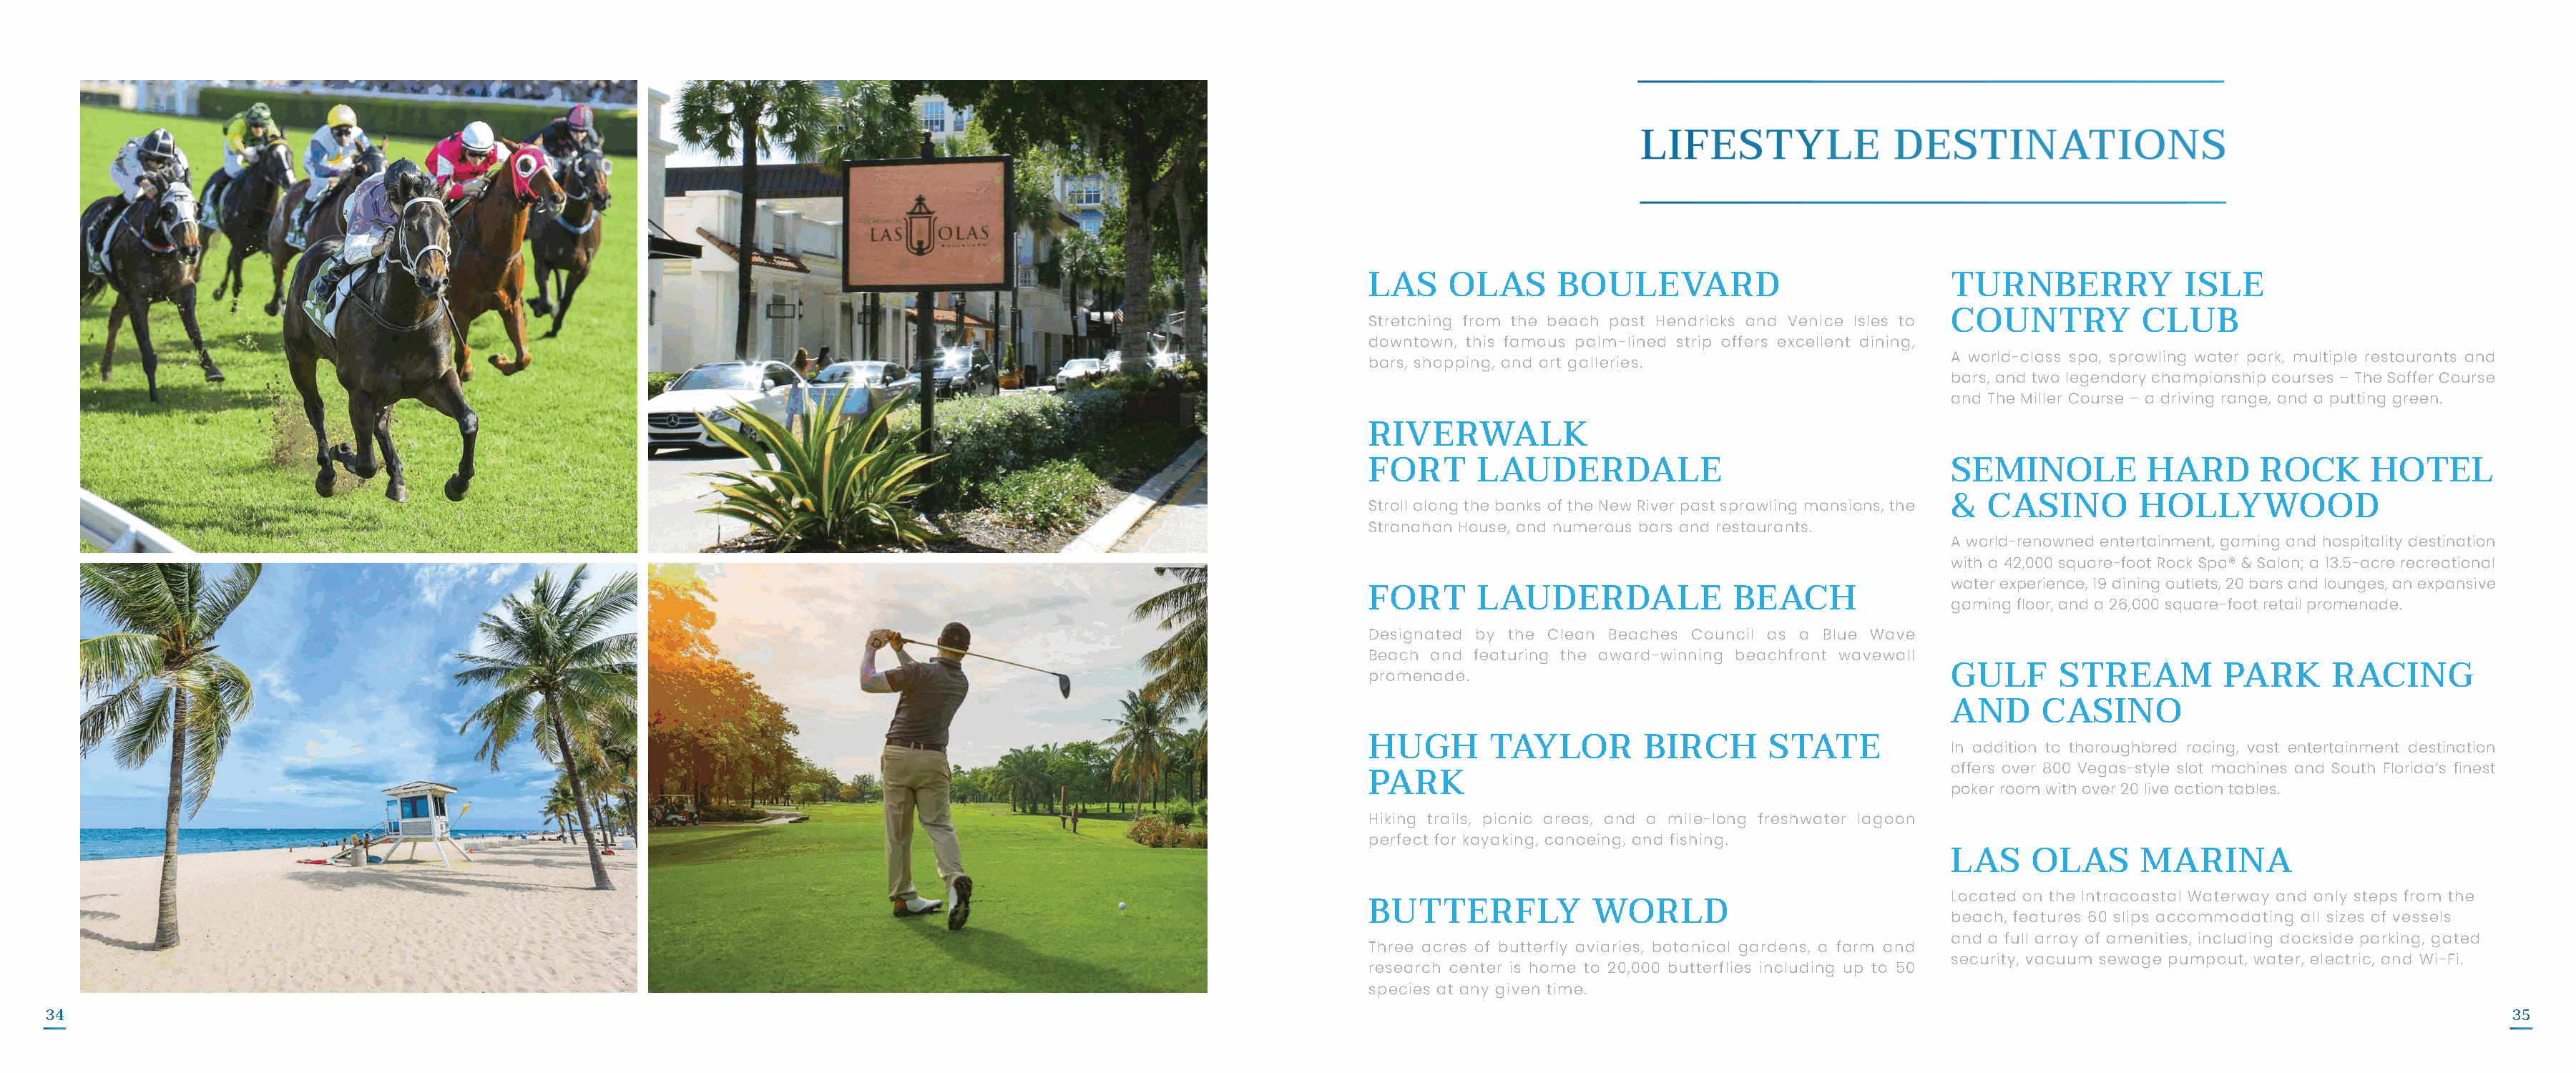
LAS    OLAS      BOULEVARD                            TURNBERRY            ISLE
 Stretching from the beach past Hendricks and Venice Isles to COUNTRY   CLUB
 downtown, this famous palm-lined strip offers excellent dining,
 A world-class spa, sprawling water park, multiple restaurants and
 bars, shopping, and art galleries.
 bars, and two legendary championship courses – The Soffer Course
 and The Miller Course – a driving range, and a putting green.
 RIVERWALK
 FORT      LAUDERDALE                                  SEMINOLE          HARD      ROCK      HOTEL
 Stroll along the banks of the New River past sprawling mansions, the & CASINO HOLLYWOOD
 Stranahan House, and numerous bars and restaurants.
 A world-renowned entertainment, gaming and hospitality destination
 with a 42,000 square-foot Rock Spa® & Salon; a 13.5-acre recreational
 water experience, 19 dining outlets, 20 bars and lounges, an expansive
 FORT      LAUDERDALE             BEACH
 gaming floor, and a 26,000 square-foot retail promenade.
 Designated by the Clean Beaches Council as a Blue Wave
 Beach and featuring the award-winning beachfront wavewall
 promenade.                                            GULF      STREAM         PARK      RACING
 AND     CASINO
 HUGH       TAYLOR        BIRCH       STATE            In addition to thoroughbred racing, vast entertainment destination
 offers over 800 Vegas-style slot machines and South Florida’s finest
 PARK
 poker room with over 20 live action tables.
 Hiking trails, picnic areas, and a mile-long freshwater lagoon
 perfect for kayaking, canoeing, and fishing.
 LAS    OLAS      MARINA
 Located on the Intracoastal Waterway and only steps from the
 BUTTERFLY           WORLD
 beach, features 60 slips accommodating all sizes of vessels
 and a full array of amenities, including dockside parking, gated
 Three acres of butterfly aviaries, botanical gardens, a farm and
 security, vacuum sewage pumpout, water, electric, and Wi-Fi.
 research center is home to 20,000 butterflies including up to 50
 species at any given time.
 34                                                                                                                                                                                                                                  35